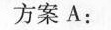
方案A：